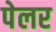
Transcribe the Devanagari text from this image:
पेलर